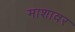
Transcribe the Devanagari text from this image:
माशावर